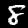
Digit: 8